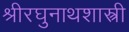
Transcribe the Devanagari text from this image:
श्रीरघुनाथशास्त्री